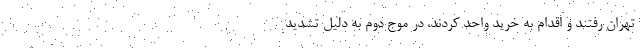
تهران رفتند و اقدام به خرید واحد کردند، در موج دوم به دلیل تشدید